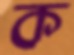
ক